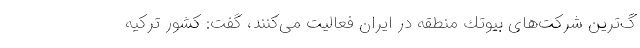
گ‌ترین شركت‌های بیوتك منطقه در ایران فعالیت می‌كنند، گفت: كشور تركیه